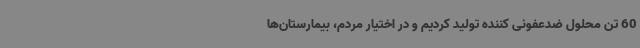
60 تن محلول ضدعفونی کننده تولید کردیم و در اختیار مردم، بیمارستان‌ها